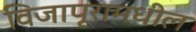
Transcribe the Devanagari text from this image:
विजापूरामधील